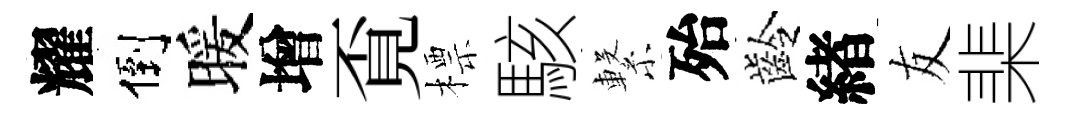
耀倒暖增覔標駭繋殆齡緖友棐